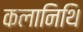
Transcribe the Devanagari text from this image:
कलानिथि